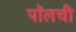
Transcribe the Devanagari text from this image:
पॉलची